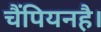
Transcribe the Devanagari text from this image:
चैंपियनहै।